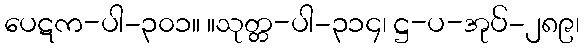
ပေဋက-ပါ-၃၀၁။ ။သုတ္တ-ပါ-၃၁၄၊ ဋ္ဌ-ပ-အုပ်-၂၈၉၊